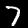
Label: 7